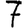
Digit: 7